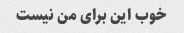
خوب این برای من نیست